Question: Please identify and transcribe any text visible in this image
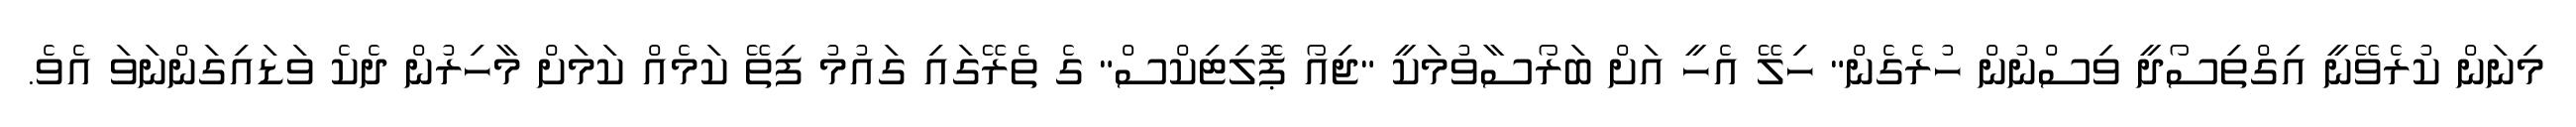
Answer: މިނަން ކުރެވޭނީ އިގްތިސޯދީ ވިސްނުން ހުރެގެން" ހިލޭ އެހީ އަށް ބަރޯސާވުމަކީ "ޖިއޯ ޕޮލިޓިކްސް" ގެ ތެރޭގައި ގައުމު ފިތޭ ކަމެއް ކަމަށް މާހިރުން ދެކެ ވަޑައިގަންނަވަ އެވެ.